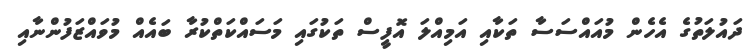
ދައުލަތުގެ އެހެން މުއައްސަސާ ތަކާއި އަމިއްލަ އޮފީސް ތަކުގައި މަސައްކަތްކުރާ ބައެއް މުވައްޒަފުންނާއި